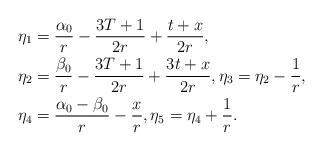
LaTeX: \begin{align*}\eta_1 &= \frac{\alpha_0}{r} - \frac{3T+1}{2r} + \frac{t+x}{2r},\\\eta_2 &= \frac{\beta_0}{r} - \frac{3T+1}{2r} + \frac{3t+x}{2r},\eta_3 = \eta_2 - \frac{1}{r},\\\eta_4 &= \frac{\alpha_0-\beta_0}{r} - \frac{x}{r},\eta_5 = \eta_4+\frac{1}{r}.\end{align*}